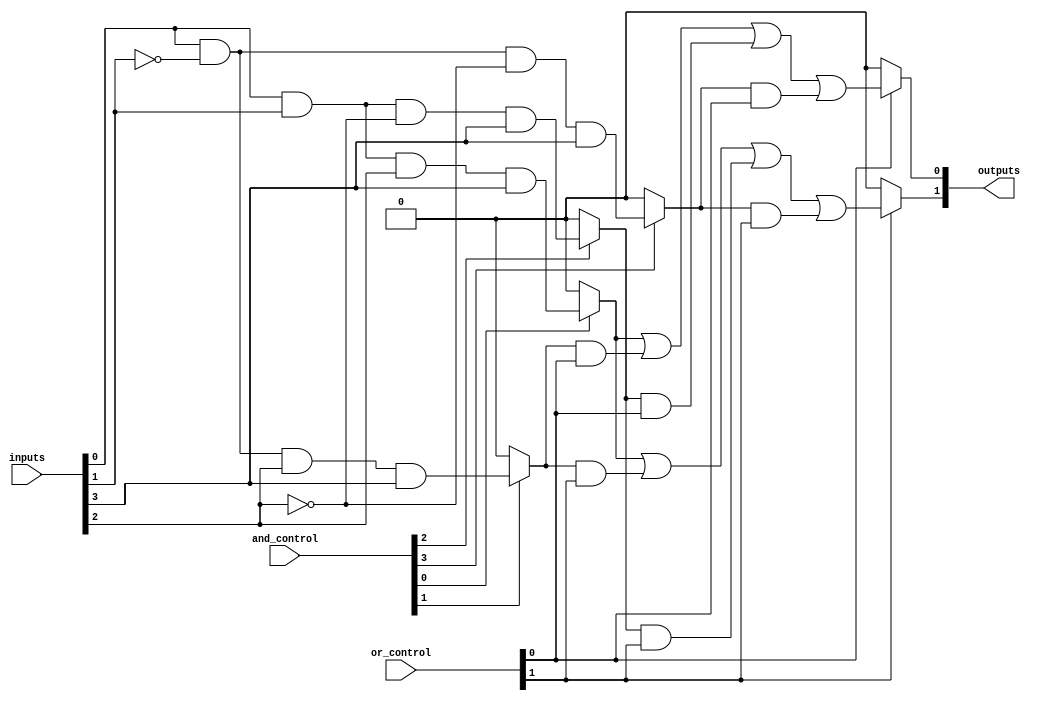
module PLA (
    input wire [N-1:0] inputs,           // Input signals (A, B, C, ..., N)
    input wire [P-1:0] and_control,       // Control signals for AND gates
    input wire [M-1:0] or_control,        // Control signals for OR gates
    output wire [M-1:0] outputs           // Output signals (Y1, Y2, ..., Ym)
);

parameter N = 4; // Number of inputs
parameter P = 4; // Number of product terms (AND gates)
parameter M = 2; // Number of outputs (OR gates)

// Internal wires for AND gate outputs
wire [P-1:0] and_outputs;

// AND Plane: Generate product terms
genvar i;
generate
    for (i = 0; i < P; i = i + 1) begin : and_plane
        assign and_outputs[i] = and_control[i] ? 
            (inputs[0] & (i[0] ? ~inputs[1] : inputs[1]) & 
            (i[1] ? ~inputs[2] : inputs[2]) & 
            (i[2] ? ~inputs[3] : inputs[3])) : 1'b0;
    end
endgenerate

// OR Plane: Compute final outputs
genvar j;
generate
    for (j = 0; j < M; j = j + 1) begin : or_plane
        assign outputs[j] = or_control[j] ? 
            (and_outputs[0] | (and_outputs[1] & or_control[j]) | 
            (and_outputs[2] & or_control[j]) | 
            (and_outputs[3] & or_control[j])) : 1'b0;
    end
endgenerate

endmodule